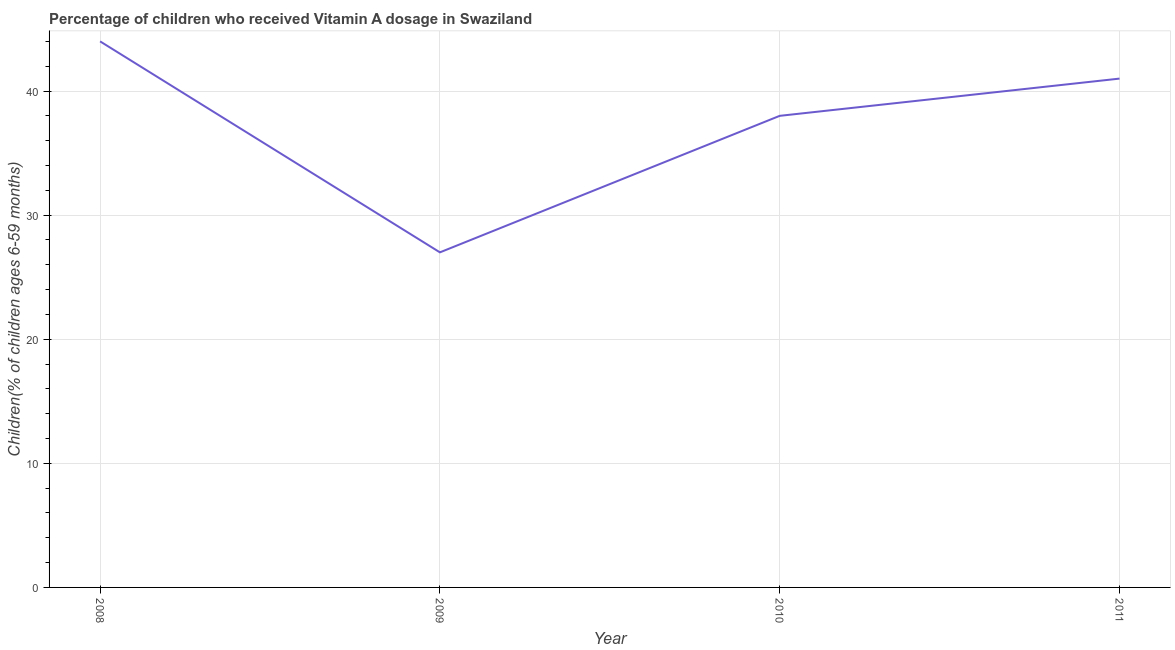
| Year | Vitamin A supplementation coverage rate  |
 | --- | --- |
 | 2008 | 44 |
 | 2009 | 27 |
 | 2010 | 38 |
 | 2011 | 41 |